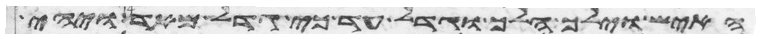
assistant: האיש וילך הלך וגדל עד כי גדל מאד ויהי